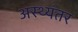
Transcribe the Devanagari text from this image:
अस्थ्यंतर